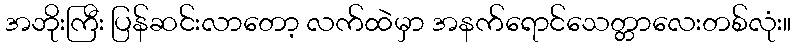
အဘိုးကြီး ပြန်ဆင်းလာတော့ လက်ထဲမှာ အနက်ရောင်သေတ္တာလေးတစ်လုံး။